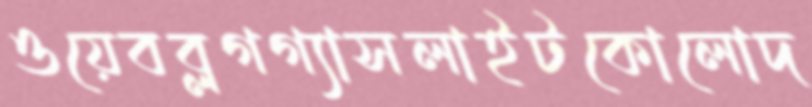
ওয়েবব্লগগ্যাসলাইটকোলোদ